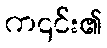
က၎င်း၏